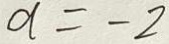
d = - 2